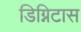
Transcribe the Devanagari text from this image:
डिग्निटास